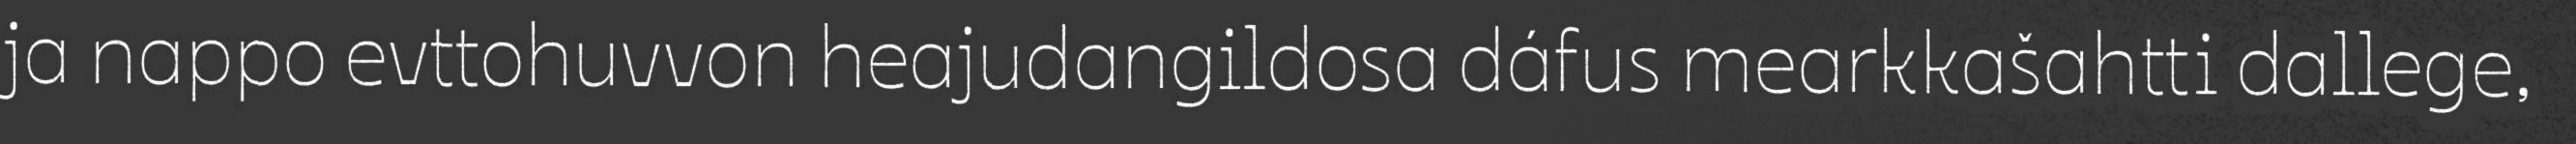
ja nappo evttohuvvon heajudangildosa dáfus mearkkašahtti dallege,